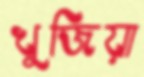
খুজিয়া